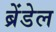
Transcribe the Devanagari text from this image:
ब्रेंडेल